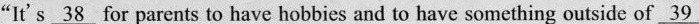
“It's \underline{38} for parents to have hobbies and to have something outside of \underline{39}